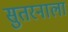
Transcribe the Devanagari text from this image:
सुतरनाला